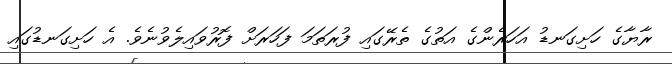
ރާޔާގެ ހަށިގަނޑު އަހަރެންގެ އަތުގެ ތެރޭގައި ފުރަތަމަ ފަހަރަށް ފޮރުވައިލެވުނެވެ. އެ ހަށިގަނޑުގައި